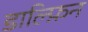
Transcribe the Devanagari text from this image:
डाल्फ़िन